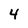
Character: 4